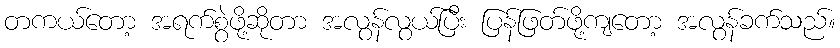
တကယ်တော့ အရက်စွဲဖို့ဆိုတာ အလွန်လွယ်ပြီး ပြန်ဖြတ်ဖို့ကျတော့ အလွန်ခက်သည်။